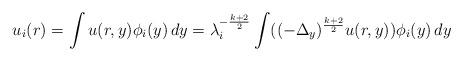
LaTeX: \begin{align*}{u}_i(r) = \int {u}(r,y) \phi_i(y) \, dy = \lambda_i^{-\frac{k+2}{2}} \int ((-\Delta_y)^{\frac{k+2}{2}} {u}(r,y)) \phi_i(y)\,dy\end{align*}